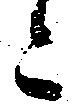
ニ